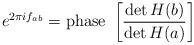
LaTeX: \begin{align*}e^{2\pi i f_{ab}}=\hbox{phase }\left[ \frac{\det H(b)}{\det H(a)}\right] \end{align*}